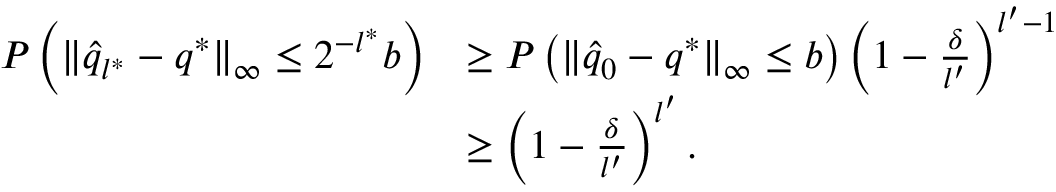
\begin{array} { r l } { P \left( \| \hat { q } _ { l ^ { * } } - q ^ { * } \| _ { \infty } \leq 2 ^ { - l ^ { * } } b \right) } & { \geq P \left( \| \hat { q } _ { 0 } - q ^ { * } \| _ { \infty } \leq b \right) \left( 1 - \frac { \delta } { l ^ { \prime } } \right) ^ { l ^ { \prime } - 1 } } \\ & { \geq \left( 1 - \frac { \delta } { l ^ { \prime } } \right) ^ { l ^ { \prime } } . } \end{array}